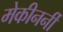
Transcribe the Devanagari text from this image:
मेकीनर्नी